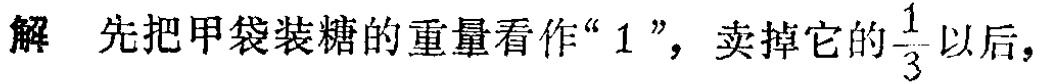
解 先把甲袋装糖的重量看作“$1$”，卖掉它的$\frac{1}{3}$以后，